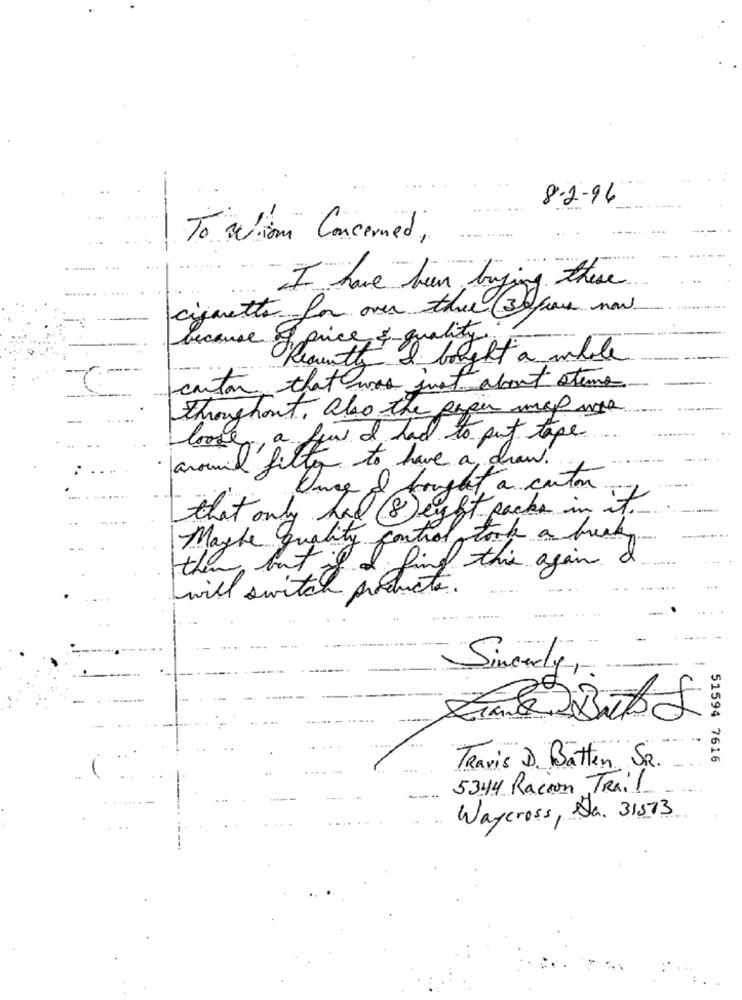
8-2-96
---
To ation Concerned,
I have been buying these
cigarette for over thee (30fraus now
because & price & quality
Recenth I bought a whole
carton that was just about steme
-
Throughout. also the paper map work
-
looke a few I had to put tape
.....
around filter to have a draw.
that only had site a carton
... . .....
Unce & for
Jegft packs in it.
Maghe quality control
Tal took a break-
then but if I find this again
will switch products.
Sincerely,
51594 7616
Travis D. Batten SR.
5344 Racoon Trail
----
Waycross, Va. 31573